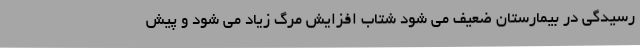
رسیدگی در بیمارستان ضعیف می شود شتاب افزایش مرگ زیاد می شود و پیش